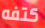
كتفه